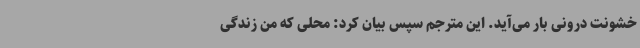
خشونت درونی بار می‌آید. این مترجم سپس بیان کرد: محلی که من زندگی